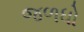
જળધો